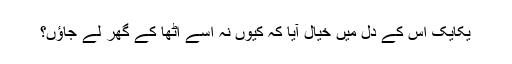
یکایک اُس کے دل میں خیال آیا کہ کیوں نہ اسے اٹھا کے گھر لے جاؤں؟